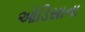
ઓડિસાના